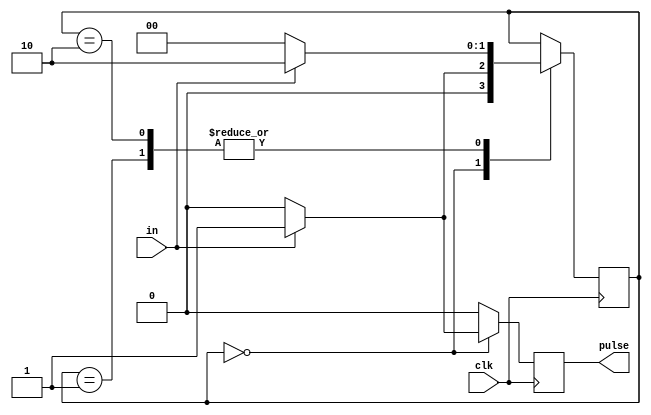
//------------------------------
// Module name: pulse_gen (Moore)
// Function: Generate one clock pulse on +ve edge of input
// Creator:  Peter Cheung
// Version:  1.0
//------------------------------

module pulse_gen(pulse, in, clk);

	output 			pulse;	// output pulse lasting one clk cycle
	input 			in;		// input, +ve edge to be detected
	input 			clk;		// clock signal

	reg [1:0]	state;
	reg	pulse;
	
	parameter	IDLE = 2'b0;	// state coding for IDLE state
	parameter	IN_HIGH = 2'b01;
	parameter	WAIT_LOW = 2'b10;  
	
	initial state = IDLE;
	
	always @ (posedge clk) 
		begin	
			pulse <= 0;		 // default output
			case (state)
			IDLE: 	if (in == 1'b1) begin
							state <= IN_HIGH;	pulse <= 1'b1; end
						else 
							state <= IDLE; 
			IN_HIGH: if (in == 1'b1) 
							state <= WAIT_LOW;
						else 
							state <= IDLE; 
			WAIT_LOW: if (in == 1'b1) 
							state <= WAIT_LOW;
						 else  
							state <= IDLE;
			default: ;
			endcase
		end			//... always
endmodule